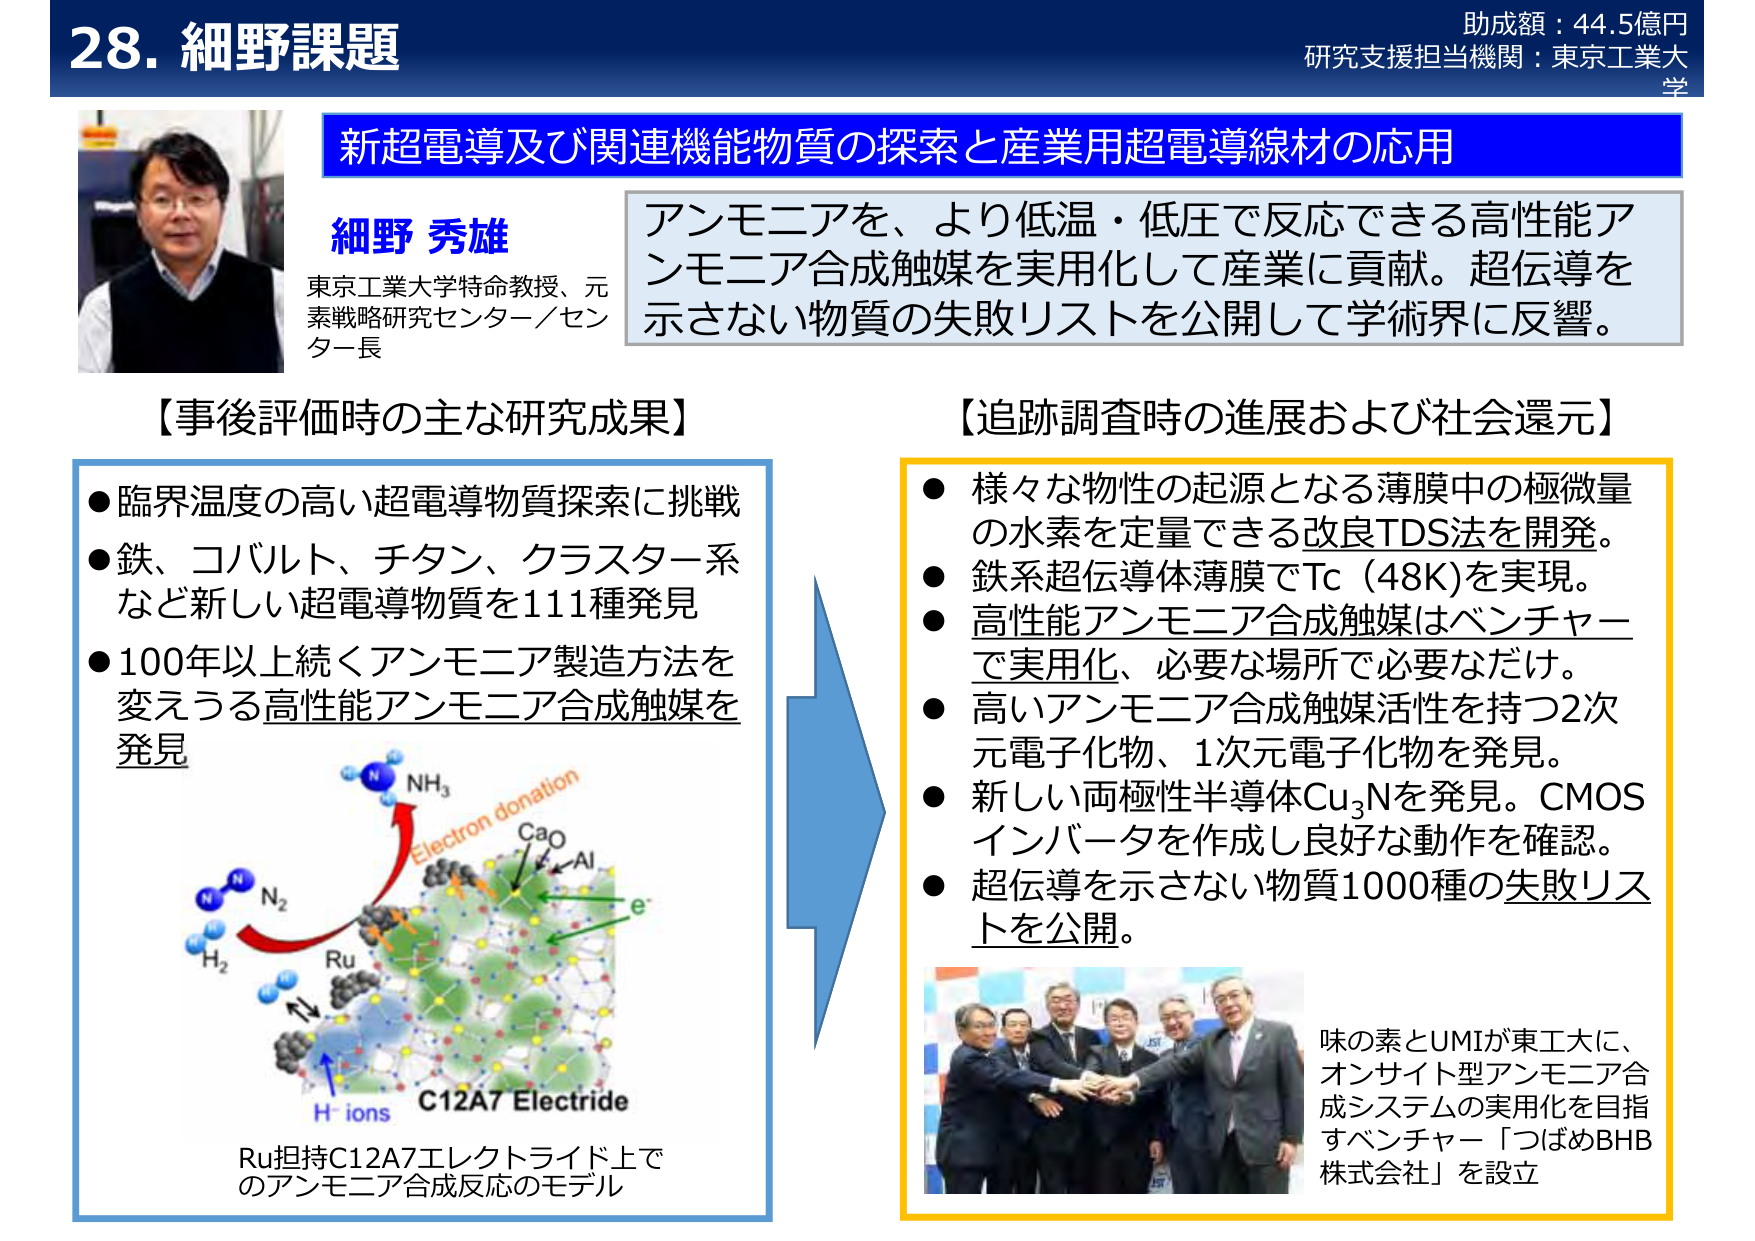
28. 細野課題
助成額：44.5億円
研究支援担当機関：東京工業大学

新超電導及び関連機能物質の探索と産業用超電導線材の応用

細野 秀雄
東京工業大学特命教授、元素戦略研究センター／センター長

アンモニアを、より低温・低圧で反応できる高性能アンモニア合成触媒を実用化して産業に貢献。超伝導を示さない物質の失敗リストを公開して学術界に反響。

【事後評価時の主な研究成果】
● 臨界温度の高い超電導物質探索に挑戦
● 鉄、コバルト、チタン、クラスター系など新しい超電導物質を111種発見
● 100年以上続くアンモニア製造方法を変えうる高性能アンモニア合成触媒を発見

Ru担持C12A7エレクトライド上でのアンモニア合成反応のモデル
（図中：N₂, H₂, NH₃, Electron donation, CaO, Al, e⁻, H⁺ ions, C12A7 Electride, Ru）

【追跡調査時の進展および社会還元】
● 様々な物性の起源となる薄膜中の極微量の水素を定量できる改良TDS法を開発。
● 鉄系超伝導体薄膜でTc（48K）を実現。
● 高性能アンモニア合成触媒はベンチャーで実用化、必要な場所で必要なだけ。
● 高いアンモニア合成触媒活性を持つ2次元電子化物、1次元電子化物を発見。
● 新しい両極性半導体Cu₃Nを発見。CMOSインバータを作成し良好な動作を確認。
● 超伝導を示さない物質1000種の失敗リストを公開。

味の素とUMIが東工大に、オンサイト型アンモニア合成システムの実用化を目指すベンチャー「つばめBHB株式会社」を設立